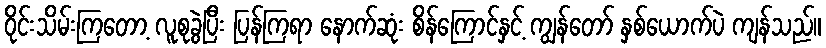
ဝိုင်းသိမ်းကြတော့ လူစုခွဲပြီး ပြန်ကြရာ နောက်ဆုံး စိန်ကြောင်နှင့် ကျွန်တော် နှစ်ယောက်ပဲ ကျန်သည်။